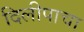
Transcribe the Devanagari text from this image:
दिलीपाचा